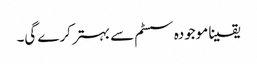
یقینا موجودہ سسٹم سے بہتر کرے گی۔